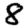
Digit: 8